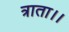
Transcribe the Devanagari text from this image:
त्राता।।